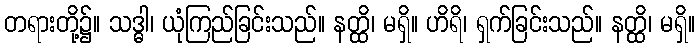
တရားတို့၌။ သဒ္ဓါ၊ ယုံကြည်ခြင်းသည်။ နတ္ထိ၊ မရှိ။ ဟိရိ၊ ရှက်ခြင်းသည်။ နတ္ထိ၊ မရှိ။